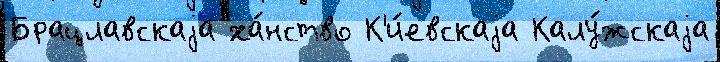
Брацлавскаjа ха́нство К'и́евскаjа Калу́жскаjа